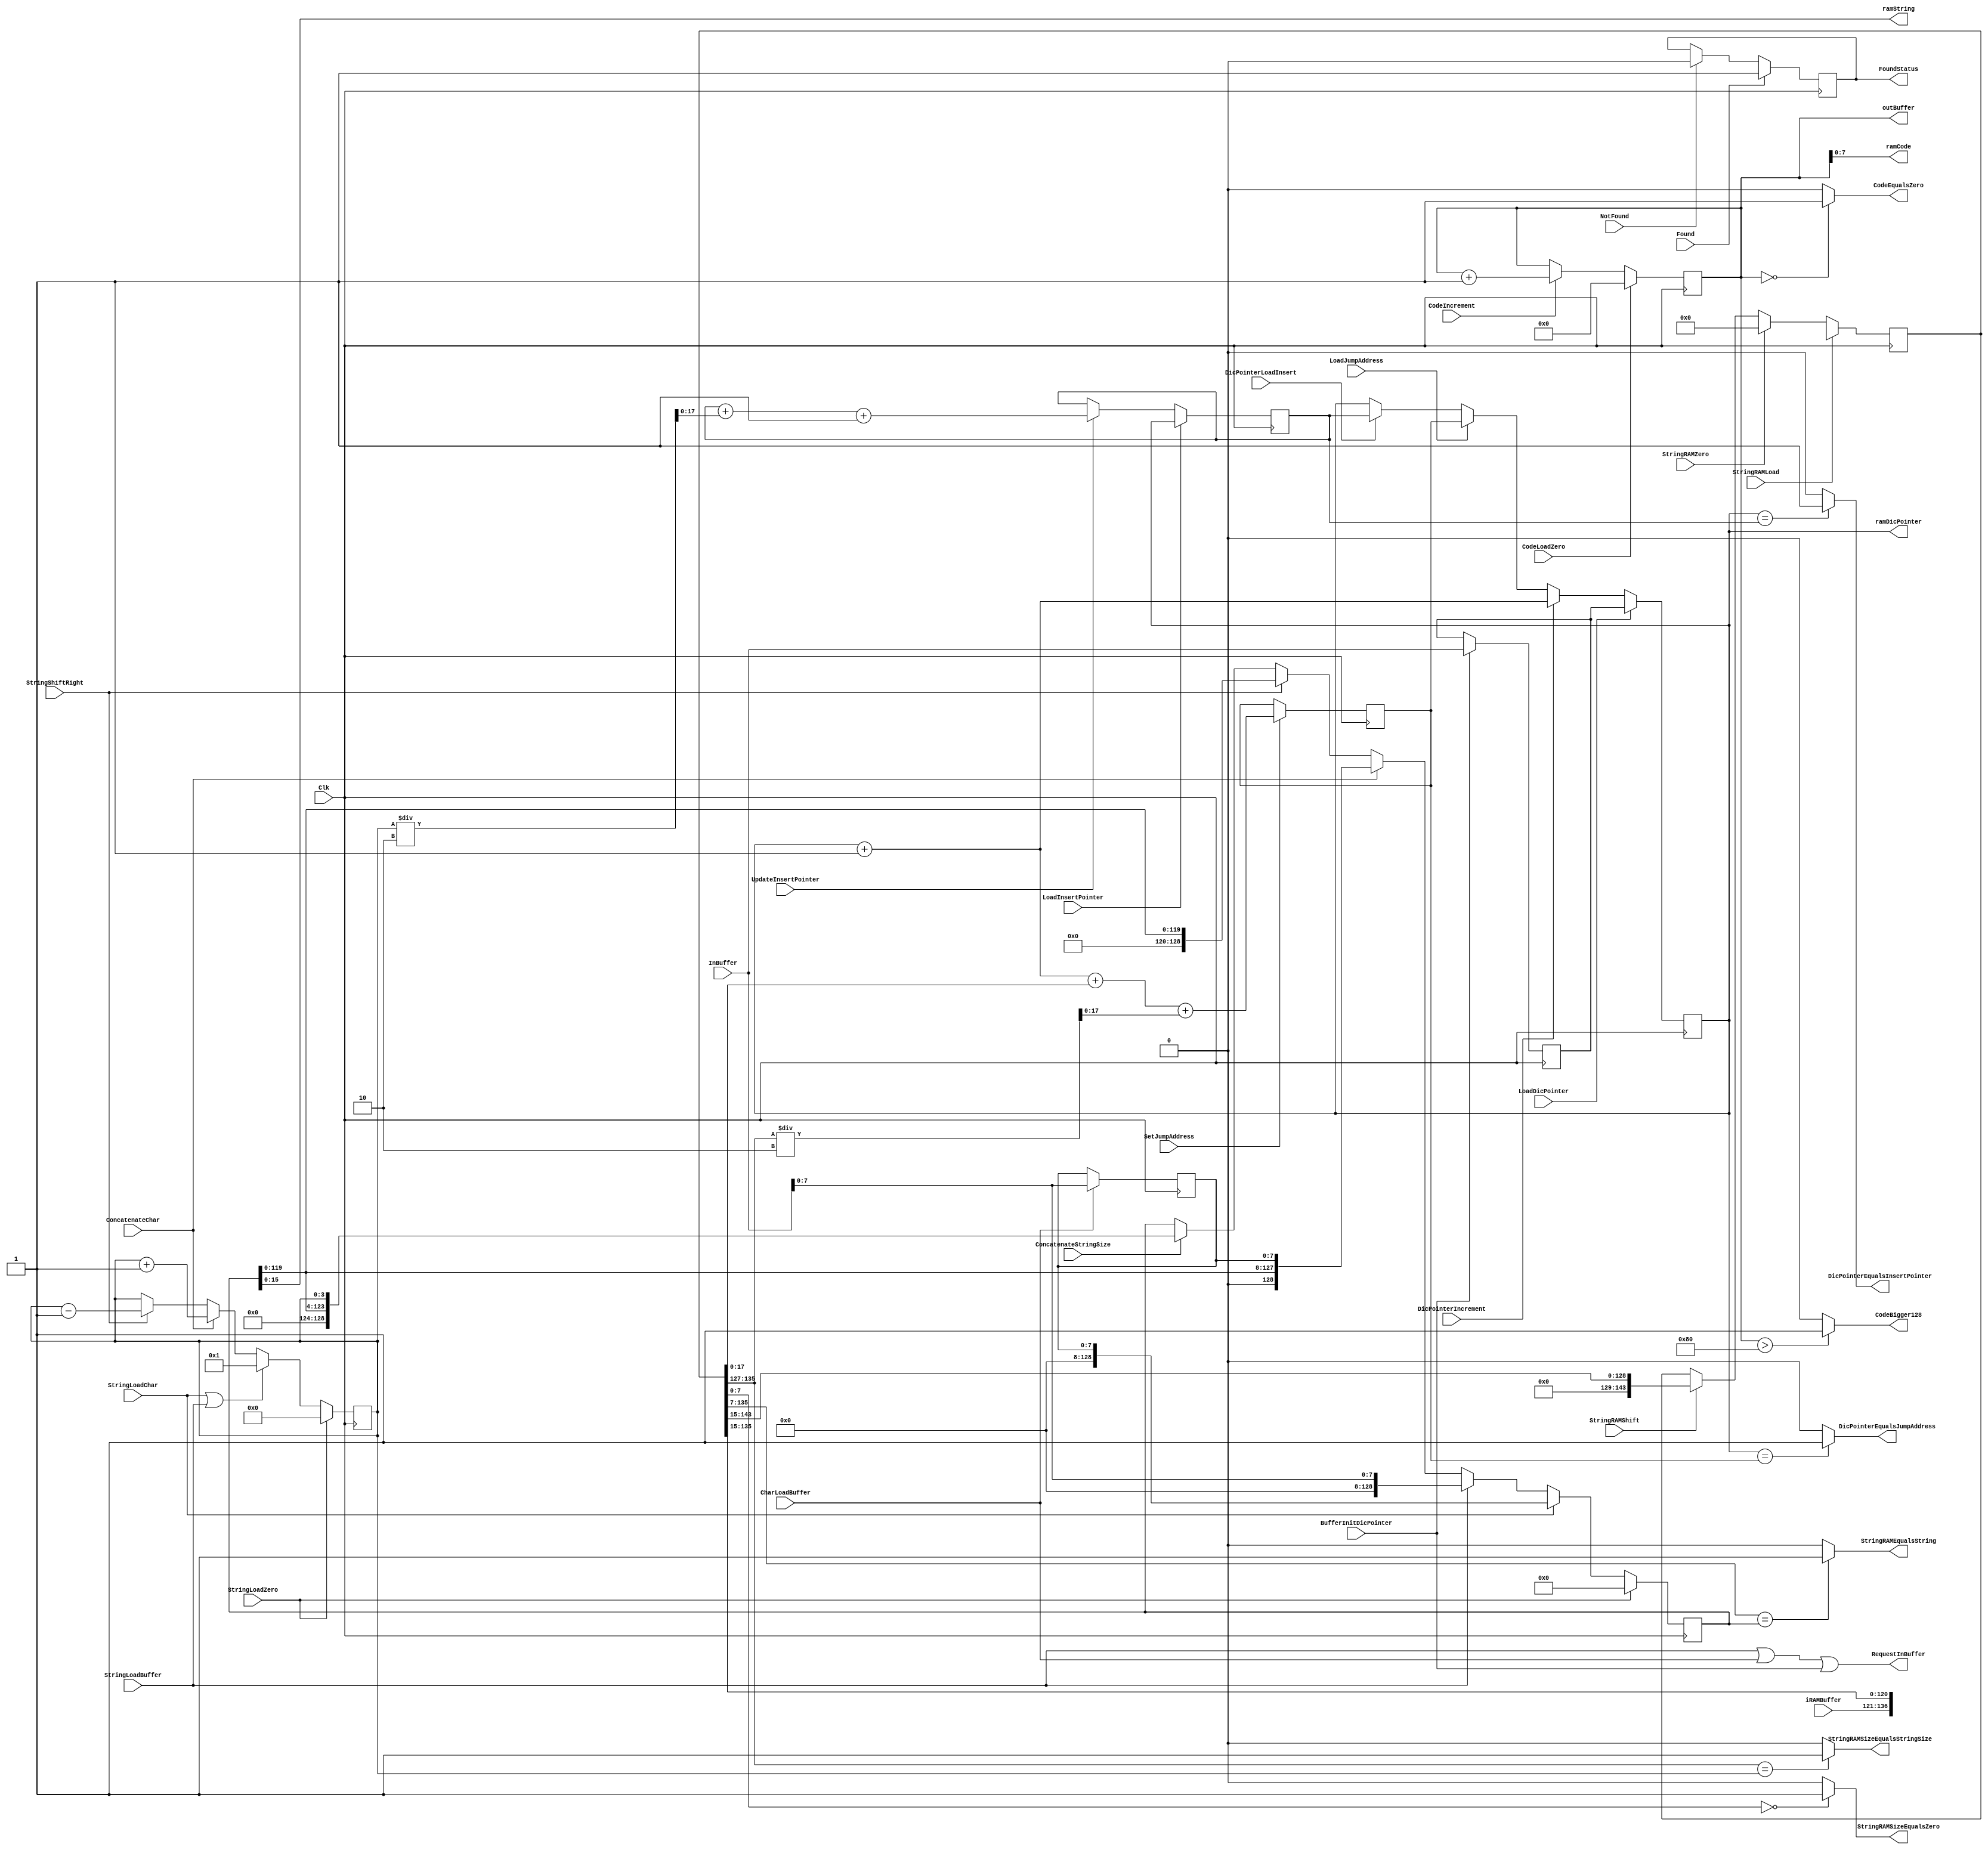
module Registers(
	input  wire 	   Clk,
	input  wire [17:0] InBuffer,
	input  wire [15:0] iRAMBuffer,
	output wire [11:0] outBuffer,
	output wire        RequestInBuffer,
	input wire StringLoadZero,
	input wire StringLoadChar,
	input wire StringLoadBuffer,
	input wire ConcatenateChar,
	input wire StringShiftRight,
	input wire ConcatenateStringSize,
	input wire LoadInsertPointer,
	input wire UpdateInsertPointer,
	input wire CodeLoadZero,
	input wire CodeIncrement,	 		
	input wire NotFound,
	input wire Found,
	input wire CharLoadBuffer,
	input wire BufferInitDicPointer,
	input wire LoadDicPointer,
	input wire DicPointerIncrement,
	input wire LoadJumpAddress,
	input wire DicPointerLoadInsert,
	input wire StringRAMLoad,
	input wire StringRAMZero,
	input wire StringRAMShift,
	input wire SetJumpAddress,
	output wire	DicPointerEqualsInsertPointer,
	output wire	StringRAMSizeEqualsStringSize,
	output wire	DicPointerEqualsJumpAddress,
	output wire	StringRAMSizeEqualsZero,
	output wire	StringRAMEqualsString,
	output wire	CodeBigger128,
	output wire	CodeEqualsZero,
	output wire FoundStatus,
	output wire [7:0]  ramCode,
	output wire [15:0] ramString,
	output wire [17:0] ramDicPointer
);
assign DicPointerEqualsInsertPointer 	= (DicPointer == InsertPointer)? 1'b1:1'b0;
assign StringRAMSizeEqualsStringSize 	= (StringRAM[135:127] == StringSize)? 1'b1:1'b0;
assign DicPointerEqualsJumpAddress	  	= (DicPointer == JumpAddress)? 1'b1:1'b0;	
assign StringRAMSizeEqualsZero	  		= (StringRAM[7:0] == 0)? 1'b1:1'b0;
assign StringRAMEqualsString		  	= (StringRAM[135:7] == String)? 1'b1:1'b0;
assign CodeBigger128				  	= (Code > 12'd128)? 1'b1:1'b0;
assign CodeEqualsZero				  	= (Code == 0)? 1'b1:1'b0;
assign FoundStatus                      = FoundRegister;
assign ramCode       = Code[7:0];
assign ramString     = String[15:0];
assign ramDicPointer = DicPointer;
assign outBuffer        = Code;
assign RequestInBuffer  = StringLoadBuffer | CharLoadBuffer | BufferInitDicPointer;
reg [17:0]  JumpAddress;
reg	[143:0] StringRAM;
reg	[17:0]  DicPointer;
reg	[17:0]  InitDicPointer;
reg	[7:0]   Char;
reg         FoundRegister;
reg	[11:0]  Code;
reg	[17:0]  InsertPointer;
reg	[3:0] 	StringSize;
reg	[128:0] String;
always@(posedge Clk)
begin
	if(StringLoadZero)	
	begin
		StringSize = 4'b0;	
	end
	else if (StringLoadChar || StringLoadBuffer)
	begin
		StringSize = 4'd1;	
	end
	else if (ConcatenateChar)
	begin
		StringSize = StringSize+1;
	end
	else if (StringShiftRight)
	begin
		StringSize = StringSize-1;
	end	
end
always@(posedge Clk)
begin
	if(StringLoadZero)	
	begin
		String = 128'b0;	
	end
	else if (StringLoadChar)
	begin
		String = {120'b0,Char};	
	end
	else if (StringLoadBuffer)
	begin
		String = {120'b0, InBuffer[7:0]};	
	end
	else if (ConcatenateChar)
	begin
		String = {String[119:0],Char};
	end
	else if (StringShiftRight)
	begin
		String = {8'b0,String[119:0]};
	end	
	else if (ConcatenateStringSize)
	begin
		String = {String[119:0],StringSize};
	end	
end
always@(posedge Clk)
begin
	if(LoadInsertPointer)	
	begin
		InsertPointer = DicPointer;	
	end
	else if (UpdateInsertPointer)
	begin
		InsertPointer = InsertPointer+ StringSize/2 +1;	
	end
end
always@(posedge Clk)
begin
	if(CodeLoadZero)	
	begin
		Code = 12'b0;	
	end
	else if (CodeIncrement)
	begin
		Code = Code +1;	
	end
end
always@(posedge Clk)
begin
	if(Found)	
	begin
		FoundRegister = 1'b1;	
	end
	else if (NotFound)
	begin
		FoundRegister =  1'b0;	
	end
end
always@(posedge Clk)
begin
	if(CharLoadBuffer)	
	begin
		Char = InBuffer[7:0];	
	end
end
always@(posedge Clk)
begin
	if(BufferInitDicPointer)	
	begin
		InitDicPointer = InBuffer;	
	end
end
always@(posedge Clk)
begin
	if(LoadDicPointer)	
	begin
		DicPointer = InitDicPointer;	
	end
	else if (DicPointerIncrement)
	begin
		DicPointer = DicPointer + 1;	
	end
	else if (LoadJumpAddress)
	begin
		DicPointer = JumpAddress;	
	end
	else if (DicPointerLoadInsert)
		DicPointer = InsertPointer;
end
always@(posedge Clk)
begin
	if(SetJumpAddress)	
	begin
		JumpAddress = DicPointer + 1 + StringRAM + StringRAM[135:127]/2;	
	end
end
always@(posedge Clk)
begin
	if(StringRAMLoad)	
	begin
		StringRAM = {iRAMBuffer[17:0],StringRAM[135:15]};	
	end
	else if (StringRAMZero)
	begin
		StringRAM = 144'b0;	
	end
	else if (StringRAMShift)
	begin
		StringRAM = {16'b0,StringRAM[143:15]};	
	end
end
endmodule